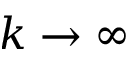
k \rightarrow \infty